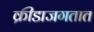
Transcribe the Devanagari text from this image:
क्रीडाजगतात